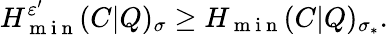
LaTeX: H_{\mathrm{~m~i~n~}}^{\varepsilon^{\prime}}(C|Q)_{\sigma}\geq H_{\mathrm{~m~i~n~}}(C|Q)_{\sigma_{\ast}}.